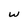
Character: w